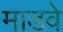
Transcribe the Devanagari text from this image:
माडवे